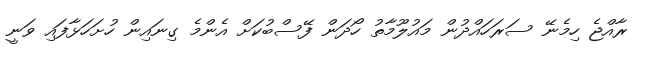
ރާއްޖެ ހިމެނޭ ސަރަހައްދުން މައުލޫމާތު ހޯދަން ފޭސްބުކަށް އެންމެ ގިނައިން ހުށަހަޅާފައި ވަނީ